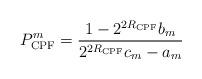
LaTeX: \begin{align*}P_{\mathrm{CPF}}^m=\frac{1-2^{2R_{\mathrm{CPF}}}b_m}{2^{2R_{\mathrm{CPF}}}c_m-a_m} \end{align*}